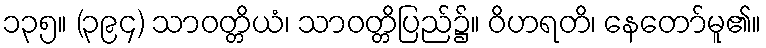
၁၃၅။ (၃၉၄) သာဝတ္တိယံ၊ သာဝတ္တိပြည်၌။ ဝိဟရတိ၊ နေတော်မူ၏။